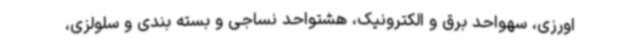
اورزی، سهواحد برق و الکترونیک، هشتواحد نساجی و بسته بندی و سلولزی،